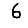
Digit: 6